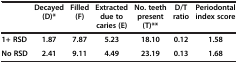
<table><thead><tr><td><b> </b></td><td><b>Decayed (D)*</b></td><td><b>Filled (F)</b></td><td><b>Extracted due to caries (E)</b></td><td><b>No. teeth present (T)**</b></td><td><b>D/T ratio</b></td><td><b>Periodontal index score</b></td></tr></thead><tbody><tr><td><b>1+ RSD</b></td><td><b>1.87</b></td><td><b>7.87</b></td><td><b>5.23</b></td><td><b>18.10</b></td><td><b>0.12</b></td><td><b>1.58</b></td></tr><tr><td><b>No RSD</b></td><td><b>2.41</b></td><td><b>9.11</b></td><td><b>4.49</b></td><td><b>23.19</b></td><td><b>0.13</b></td><td><b>1.68</b></td></tr></tbody></table>